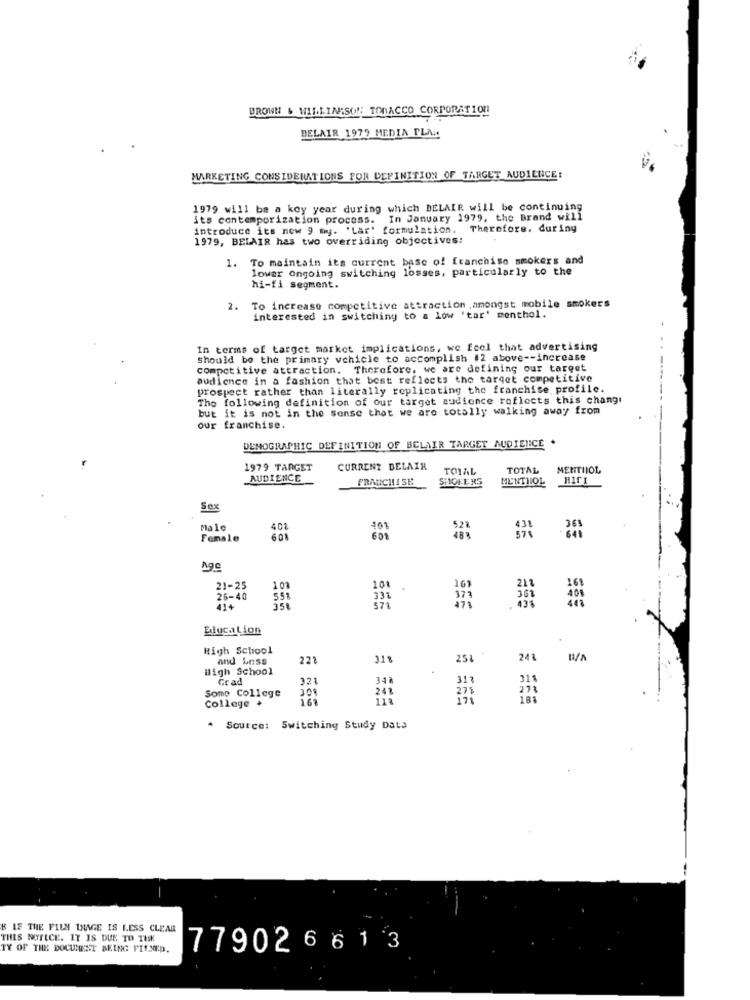
BROWN & WILLINSON TOBACCO CORPORATION
DELAIR 1979 MEDIA PLA ..
MARKETING CONSIDERATIONS FOR DEFINITION OF TARGET AUDIENCE:
1979 will be a key year during which DELAIR will be continuing
its contemporization process. In January 1979, the Brand will
introduce its new 9 my. 'Lar' formulation. Therefore. during
1979, BELAIR has two overriding objectives:
1.
To maintain its current base of franchise smokers and
lowar Ongoing switching losses, particularly to the
hi-fi segment.
. To increase competitive attraction,amongst mobile smokers
interested in switching to a low 'tar' menthol.
In terms of target market implications, we Ecel that advertising
Should be the primary vehicle to accomplish #2 above -- increase
competitive attraction. Therefore, we are defining our target
audience in a fashion that best reflects the target competitive
prospect rather than literally replicating the franchise profile.
The following definition of our target audience reflects this changi
but it is not in the sense that we are totally walking away from
our franchise.
DEMOGRAPHIC DEFINITION OF BCLAIR TARGET AUDIENCE .
1979 TARGET
CURRENT DELAIR
TOIAL
TOTAL
MENTIIOL
AUDIENCE
FRANCHISE
SHOFERS
MENTHOL
HICL
Sex
Male
408
401
Female
608
601
Age
21-25
1.00
10
26-40
57
Education
High School
and Less
223
31 %
251
243
High School
Grad
321
341
311
31%
Some College
300
18%
College +
Source: Switching Study Data
R LF THE FILM INAGE IS LESS CLEAR
THIS NOTICE. IT IS DUE TO TUSK
TY OF THE DOCUMENT BEING FILMED.
77902661 3